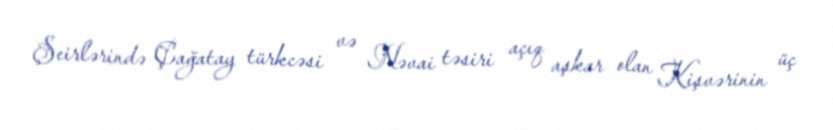
Şeirlərində Çağatay türkcəsi və Nəvai təsiri açıq aşkar olan Kişvərinin üç